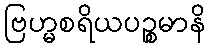
ဗြဟ္မစရိယပဉ္စမာနိ